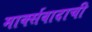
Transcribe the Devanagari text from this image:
मार्क्सवादाची